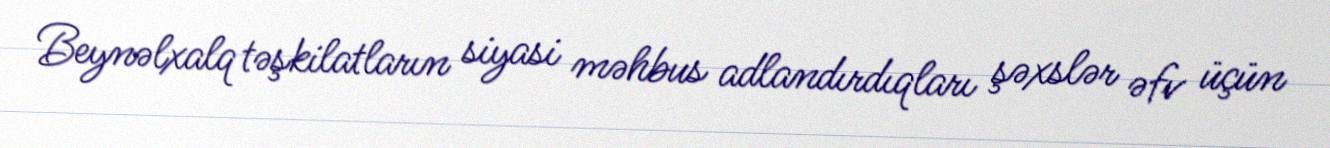
Beynəlxalq təşkilatların siyasi məhbus adlandırdıqları şəxslər əfv üçün